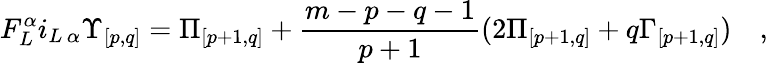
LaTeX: F_{L}^{\alpha}i_{L\, \alpha}{\Upsilon}_{{[p,q]}}={\Pi}_{[p+1,q]}+{\frac{m-p-q-1}{p+1}}(2{\Pi}_{[p+1,q]}+q{\Gamma}_{[p+1,q]})\quad,